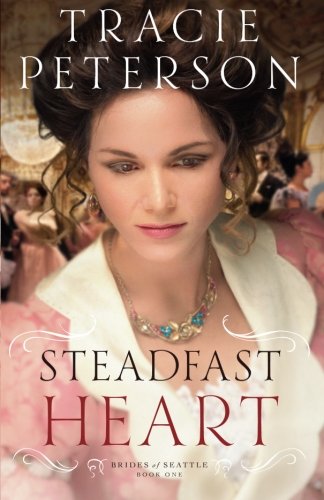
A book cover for Steadfast Heart (Brides of Seattle) (Volume 1); Tracie Peterson; Romance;